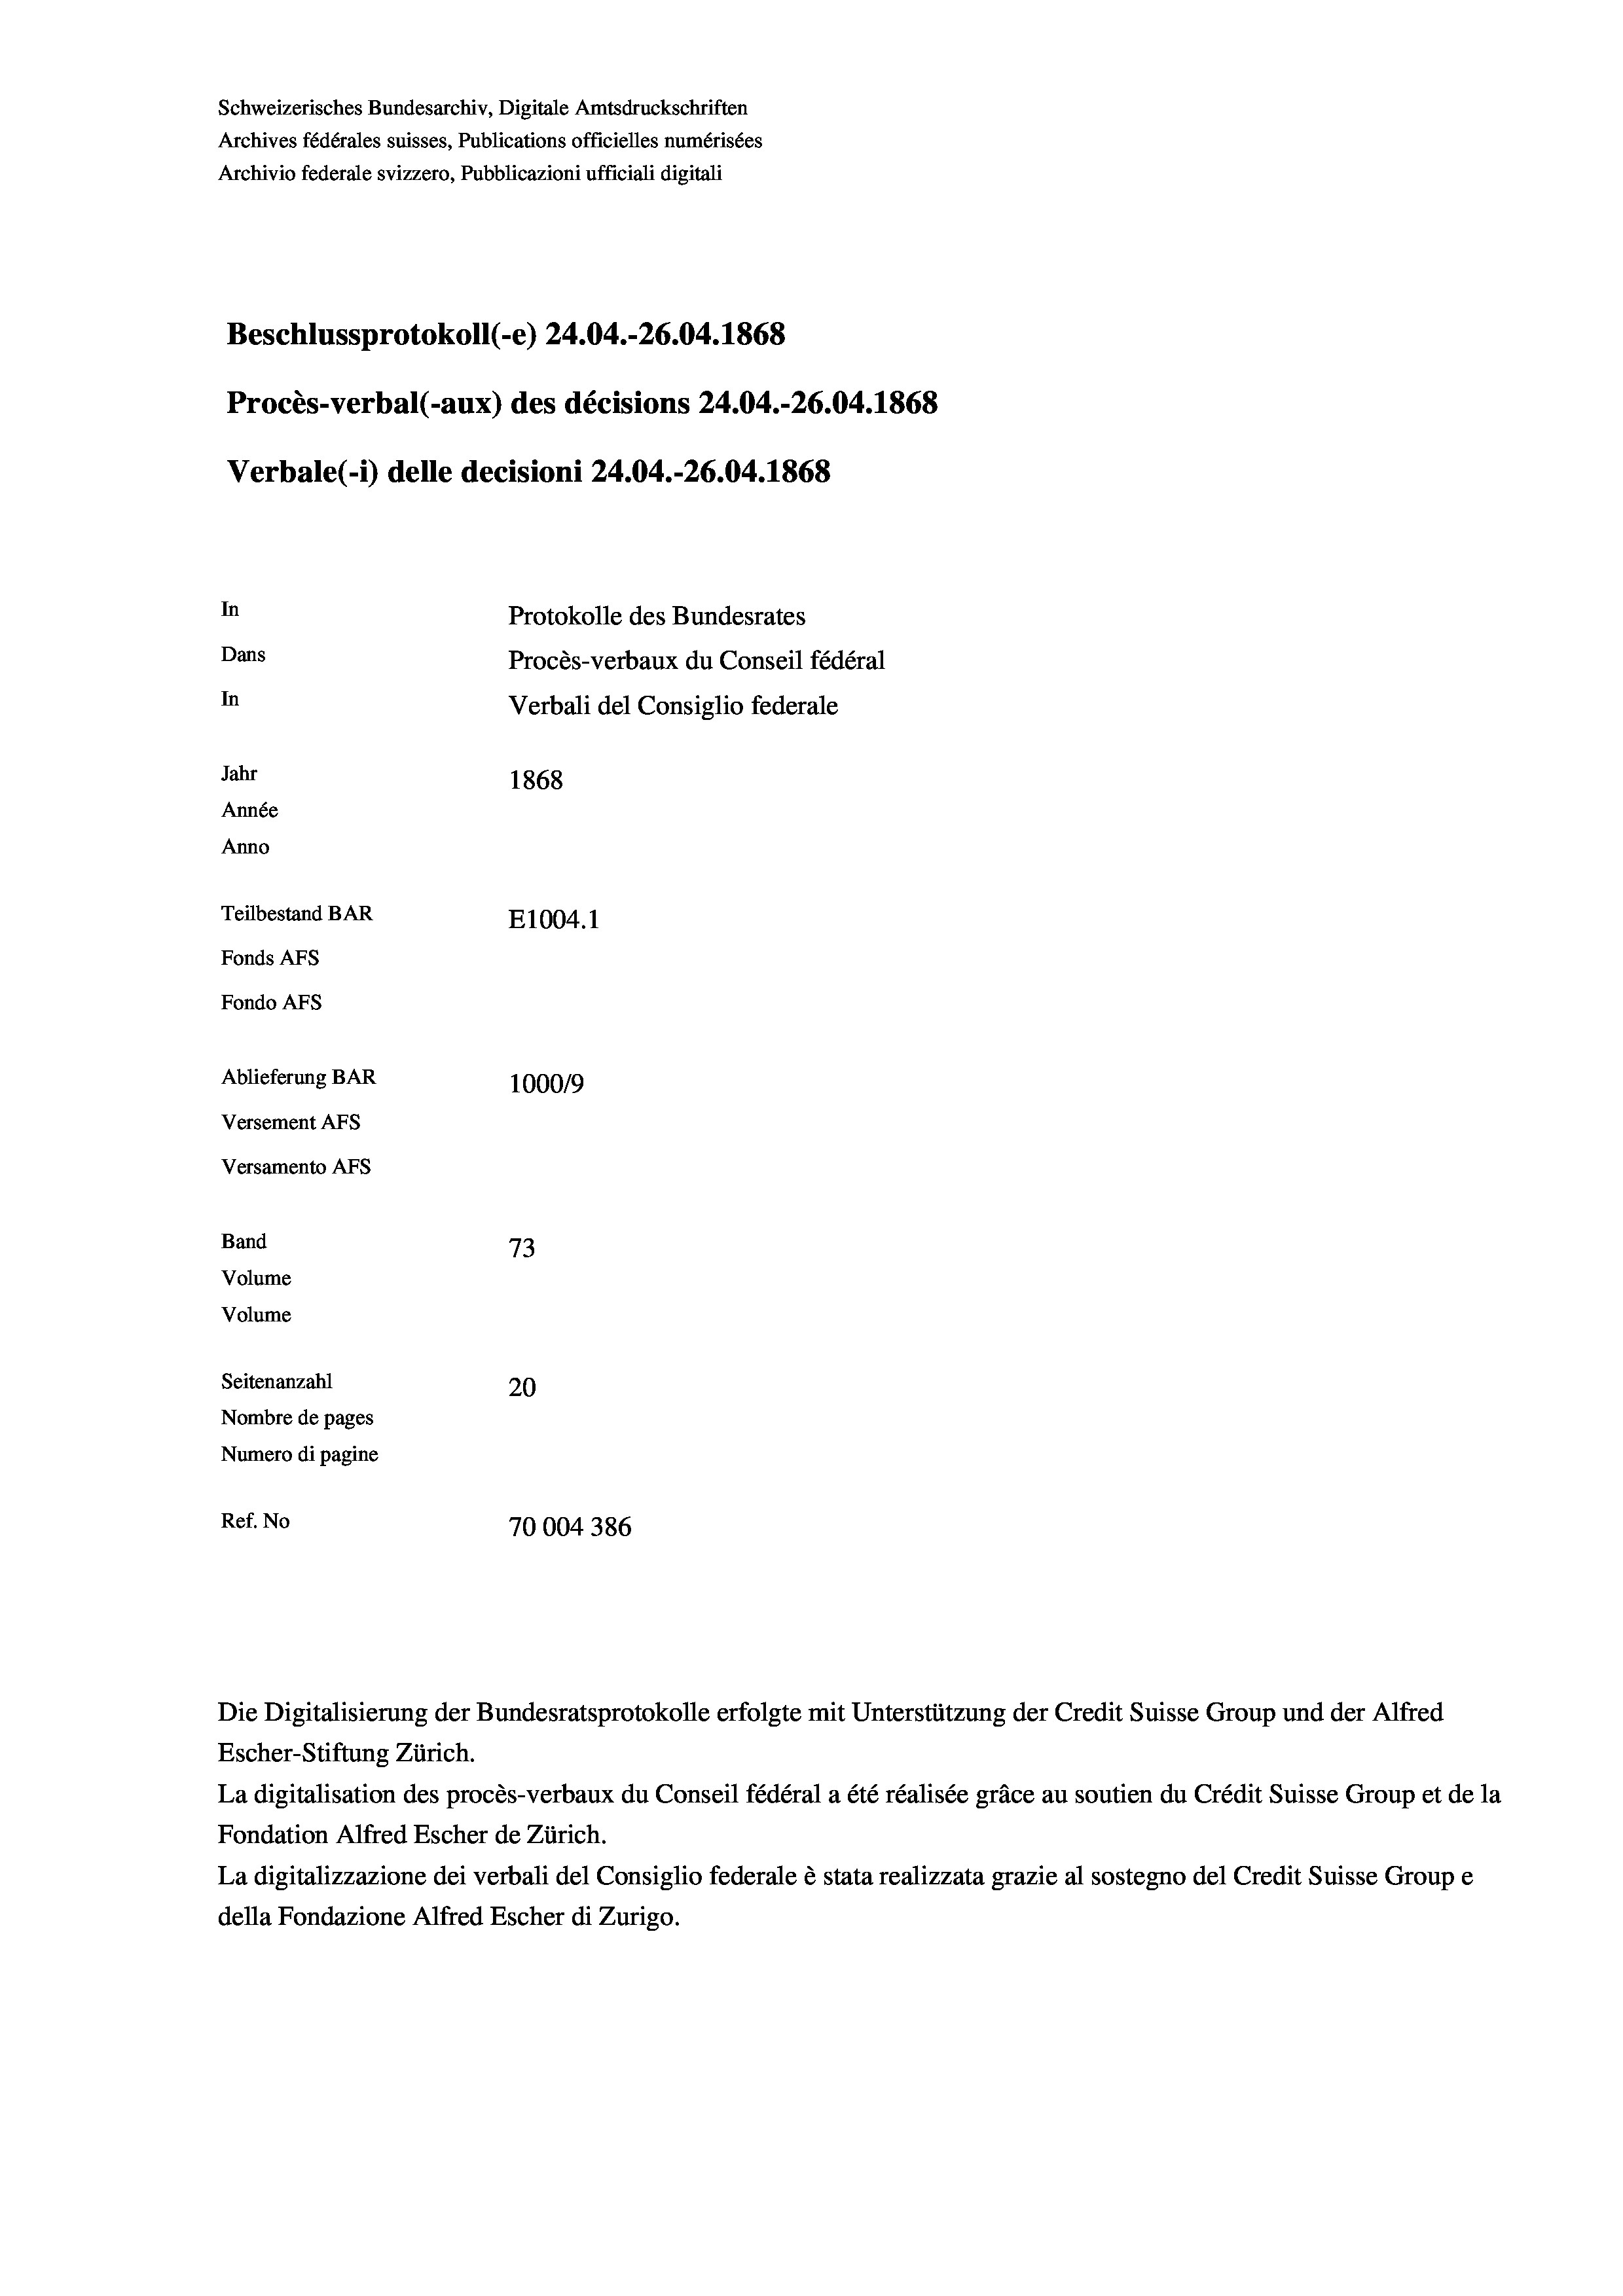
Beschlussprotokoll (-e) 24.04.-26.04. 1868
Procès-verbal (-aux) des décisions 24.04.-26.04. 1868
In
Protokolle des Bundesrates
Dans
Procès-verbaux du Conseil fédéral
In
Jahr
1868
Année
Anno
Teilbestand BAR
E1004. 1
Fonds AFs
Fondo AFS
Ablieferung BAR
100019
Versement AFs
Versamento AFs
Band
73
Volume
Volume

Seitenanzahl
20
Nombre de pages
Numero di pagine
Ref. No
70004386

Schweizerisches Bundesarchiv, Digitale Amtsdruckschriften
Archives fédérales suisses, Publications officielles numérisées
Archivio federale svizzero, Pubblicazioni ufficiali digitali

Verbale (1) delle decisioni 24.04.-26.04. 1868

Verbali del Consiglio federale

Die Digitalisierung der Bundesratsprotokolle erfolgte mit Unterstützung der Credit Suisse Group und der Alfred
Escher-Stiftung Zürich.
La digitalisation des procès-verbaux du Conseil fédéral a été réalisée gräce au soutien du Crédit Suisse Group et de la
Fondation Alfred Escher de Zürich.
La digitalizzazione dei verbali del Consiglio federale è stata realizzata grazie al sostegno del Credit Suisse Groupe
della Fondazione Alfred Escher di Zurigo.